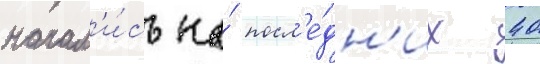
начал'и́сь на́ посл'е́дн'их 40